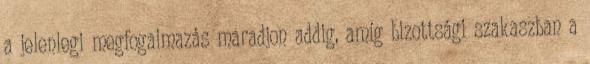
a jelenlegi megfogalmazás maradjon addig, amíg bizottsági szakaszban a